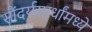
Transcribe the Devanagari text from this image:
सौंदर्यस्पर्धांमध्ये